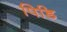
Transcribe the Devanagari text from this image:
पिडि